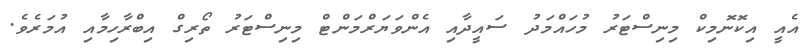
އެއީ އިކޮނޮމިކް މިނިސްޓަރު މުހައްމަދު ސައީދާއި އެންވަޔަރްމަންޓް މިނިސްޓަރު ތޯރިގް އިބްރާހިމާއި އުމަރެވެ.